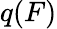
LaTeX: q(F)